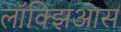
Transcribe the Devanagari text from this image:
लॉक्झिआस